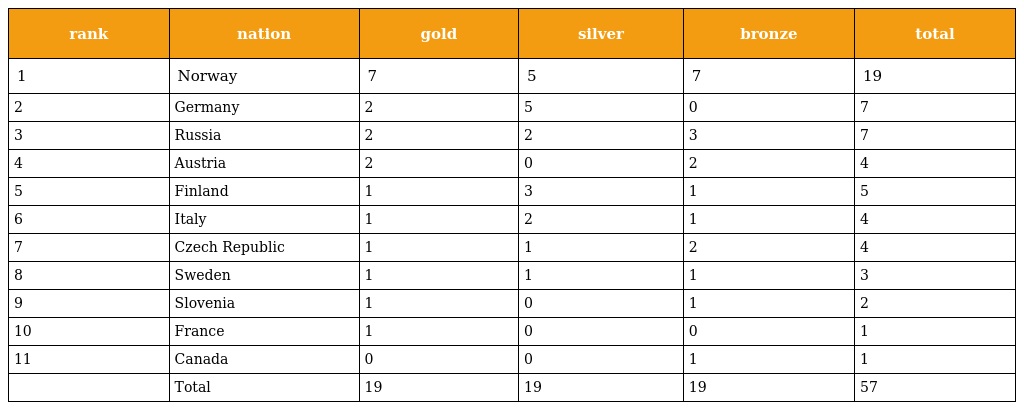
| rank | nation | gold | silver | bronze | total |
 | --- | --- | --- | --- | --- | --- |
 | 1 | Norway | 7 | 5 | 7 | 19 |
 | 2 | Germany | 2 | 5 | 0 | 7 |
 | 3 | Russia | 2 | 2 | 3 | 7 |
 | 4 | Austria | 2 | 0 | 2 | 4 |
 | 5 | Finland | 1 | 3 | 1 | 5 |
 | 6 | Italy | 1 | 2 | 1 | 4 |
 | 7 | Czech Republic | 1 | 1 | 2 | 4 |
 | 8 | Sweden | 1 | 1 | 1 | 3 |
 | 9 | Slovenia | 1 | 0 | 1 | 2 |
 | 10 | France | 1 | 0 | 0 | 1 |
 | 11 | Canada | 0 | 0 | 1 | 1 |
 |  | Total | 19 | 19 | 19 | 57 |